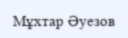
Мұхтар Әуезов